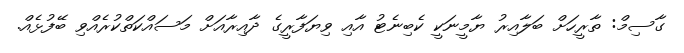
ގާސިމް: ތާރީހަށް ބަލާއިރު ޔާމީނަކީ ކެބިނެޓު އާއި ވިޔަފާރީގެ ދާއިރާއަށް މަސައްކަތްކުރެއްވި ބޭފުޅެއް.